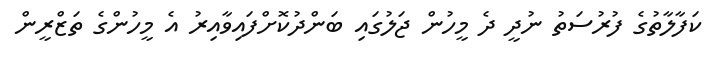
ކަފާލާތުގެ ފުރުސަތު ނުދީ ދެ މީހުން ޖަލުގައި ބަންދުކޮށްފައިވާއިރު އެ މީހުންގެ ތަޒްރީން